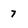
Character: 7